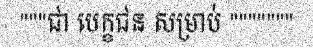
"""ជា បេក្ខជន សម្រាប់ """""""